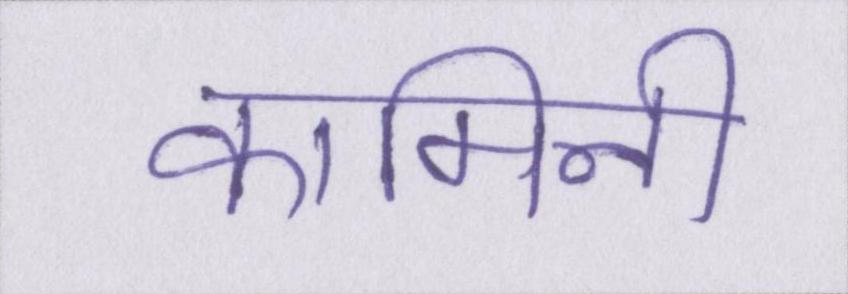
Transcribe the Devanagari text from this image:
कामिनी